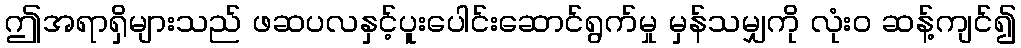
ဤအရာရှိများသည် ဖဆပလနှင့်ပူးပေါင်းဆောင်ရွက်မှု မှန်သမျှကို လုံးဝ ဆန့်ကျင်၍